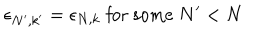
\epsilon _ { N ^ { \prime } , k ^ { \prime } } = \epsilon _ { N , k } \; \mathrm { f o r ~ s o m e } \; N ^ { \prime } < N